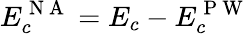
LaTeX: E_{c}^{\mathrm{~N~A~}}=E_{c}-E_{c}^{\mathrm{~P~W~}}